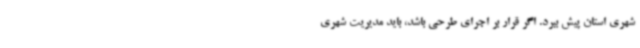
شهری استان پیش ببرد. اگر قرار بر اجرای طرحی باشد، باید مدیریت شهری